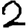
Digit: 2